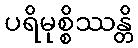
ပရိမုစ္စိဿန္တိ